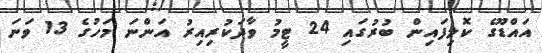
އައްޑޫގެ ކޮލިފައިން ބުރުގައި 24 ޓީމު ވާދަކުރިއިރު އަންނަ މަހުގެ 13 ވަނަ